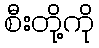
စီးတို့ကို